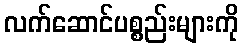
လက်ဆောင်ပစ္စည်းများကို